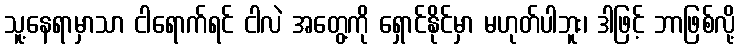
သူ့နေရာမှာသာ ငါရောက်ရင် ငါလဲ အတွေ့ကို ရှောင်နိုင်မှာ မဟုတ်ပါဘူး၊ ဒါဖြင့် ဘာဖြစ်လို့